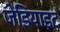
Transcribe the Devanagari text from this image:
जेडियाइट